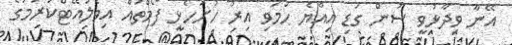
އޭނާ ވިދާޅުވީ ސުން ގަޑި އިއްޔެ ހަމަވި އިރު ހުށަހެޅި ފޯމްތައް އިވެލުއޭޓްކުރުމުގެ